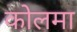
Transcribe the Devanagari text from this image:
कोलमा